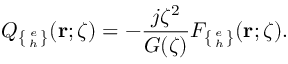
Q _ { \left\{ e \atop h \right\} } ( { \bf r } ; \zeta ) = - \frac { j \zeta ^ { 2 } } { G ( \zeta ) } F _ { \left\{ e \atop h \right\} } ( { \bf r } ; \zeta ) .